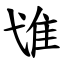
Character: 隿